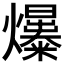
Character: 𤒺